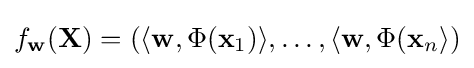
f_{\mathbf {w} }(\mathbf {X} )=(\langle \mathbf {w} ,\Phi (\mathbf {x} _{1})\rangle ,\ldots ,\langle \mathbf {w} ,\Phi (\mathbf {x} _{n}\rangle )